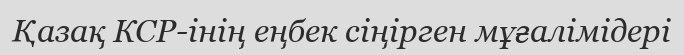
Қазақ КСР-інің еңбек сіңірген мұғалімідері